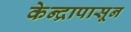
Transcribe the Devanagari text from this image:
केन्द्रापासून